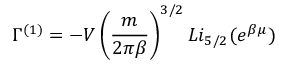
\Gamma ^ { ( 1 ) } = - V \left( \frac { m } { 2 \pi \beta } \right) ^ { 3 / 2 } L i _ { 5 / 2 } ( e ^ { \beta \mu } )